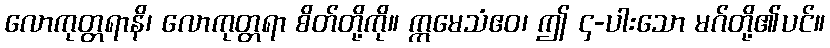
လောကုတ္တရာနိ၊ လောကုတ္တရာ စိတ်တို့ကို။ ဣမေသံဧဝ၊ ဤ ၄-ပါးသော မဂ်တို့၏ပင်။